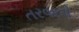
તરવરતી